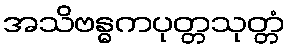
အသိဗန္ဓကပုတ္တသုတ္တံ